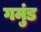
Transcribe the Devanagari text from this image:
गमुंड